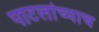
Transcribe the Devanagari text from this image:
पाटलांच्याच